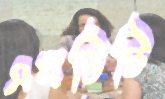
এমটিটি